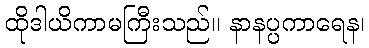
ထိုဒါယိကာမကြီးသည်။ နာနပ္ပကာရေန၊